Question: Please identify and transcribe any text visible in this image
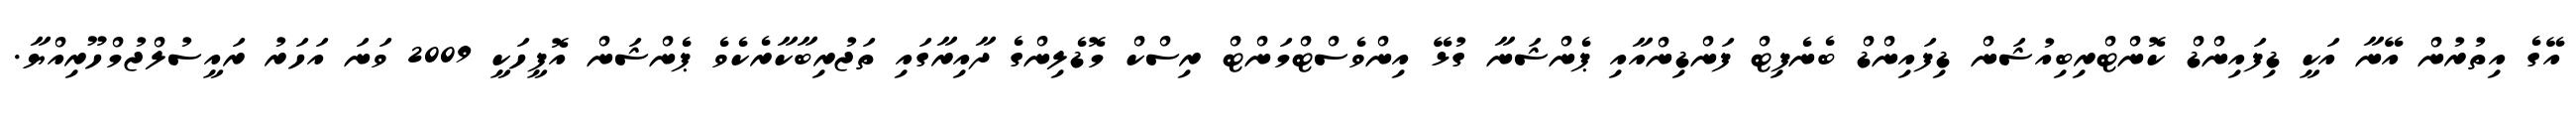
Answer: އޭގެ އިތުރުން އޭނާ އަކީ ޑިފައިންޑް ކޮންޓްރިބިއުޝަން ޑިފައިންޑް ބެނެފިޓް ފަންޑިންއާއި ޕެންޝަނާ ގުޅޭ އިންވެސްޓްމަންޓް ރިސްކް މޮޑެލިންގެ ދާއިރާގައި ތަޖުރިބާކާރެކެވެ ޕެންޝަން އޮފީހަކީ 2009 ވަނަ އަހަރު ރައީސުލްޖުމްހޫރިއްޔާ.